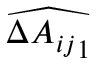
\widehat { \Delta { A _ { i j } } _ { 1 } }